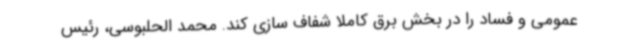
عمومی و فساد را در بخش برق کاملا شفاف سازی کند. محمد الحلبوسی، رئیس